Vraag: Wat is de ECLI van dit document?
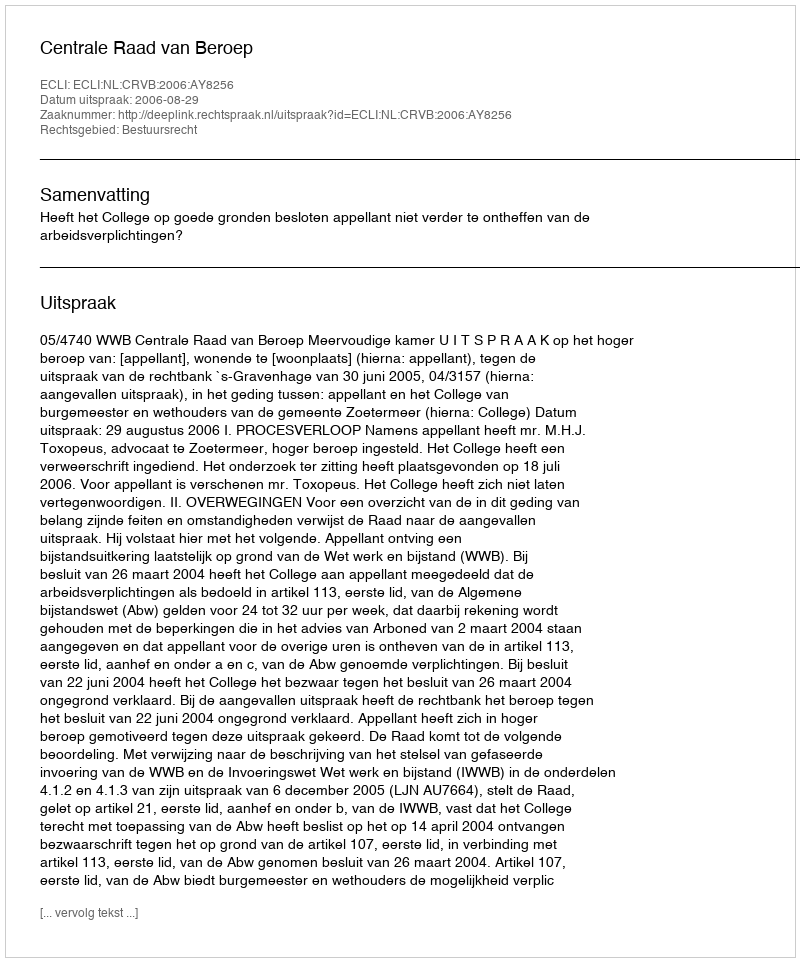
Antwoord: ECLI:NL:CRVB:2006:AY8256